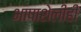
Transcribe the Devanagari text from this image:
भाषाशेलीही